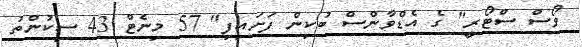
ވޯސް ސްޓޯރީ" ގެ އެޑްވާންސް ބުކިން ފަށައިފި" 57 މިނެޓް 43 ސިކުންތު